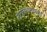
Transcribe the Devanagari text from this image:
उत्प्लवनकक्ष